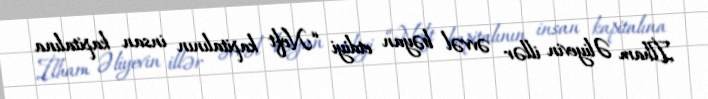
İlham Əliyevin illər əvvəl bəyan etdiyi “Neft kapitalının insan kapitalına